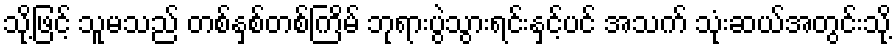
သို့ဖြင့် သူမသည် တစ်နှစ်တစ်ကြိမ် ဘုရားပွဲသွားရင်းနှင့်ပင် အသက် သုံးဆယ်အတွင်းသို့